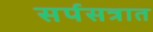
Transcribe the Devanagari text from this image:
सर्पसत्रात